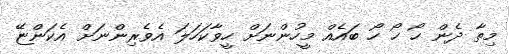
މިތާ ދެން ހޯ ހޯ ހޯ ބައެއް މީހުންނަށް ހީވާކަހަލަ އެވެރިންނަށް އެކަންޏޭ